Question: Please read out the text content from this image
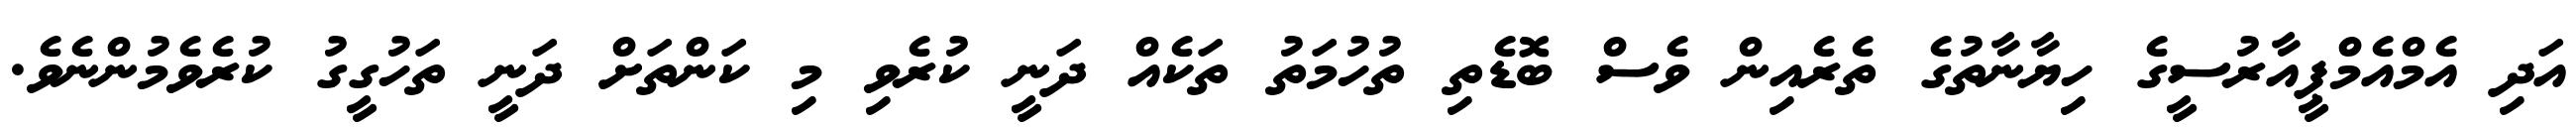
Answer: އަދި އެމްއެމްޕީއާރުސީގެ ހިޔާނާތުގެ ތެރެއިން ވެސް ބޮޑެތި ތުހުމަތު ތަކެއް ދަނީ ކުރެވި މި ކަންތަށް ދަނީ ތަހުގީގު ކުރެވެމުންނެވެ.